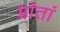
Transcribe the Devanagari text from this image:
प्रांतां